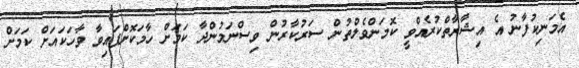
އެމަނިކުފާނު އެ އިޝާރާތްކުރެއްވީ ކޮމަންވެލްތުން ސަރުކާރުން ވިސްނަމުންދާ ކަމަށް ހާމަކޮށްފައިވާ ވާހަކައަށް ކަމަށް